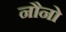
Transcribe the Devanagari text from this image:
नौनो